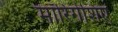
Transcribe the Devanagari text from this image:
मॉरिंगेशिए